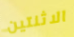
الاثنتين